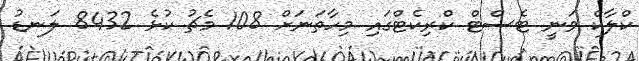
ކްލާކް ވަނީ ޓެސްޓް ކްރިކެޓްގައި މިހާތަނަށް 108 މެޗު ކުޅެ 8432 ލަނޑު